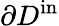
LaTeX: \partial D^{\mathrm{in}}